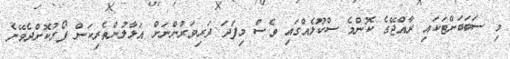
މި ސަބަބަށްޓަކައި ރާއްޖޭގެ ކޮންމެ ސްކޫލެއްގައި ވެސް މިފަދަ ދަރިވަރުންނަށް އަޅާލުންތެރިކަން ފޯރުކޮށްދެވޭނެ